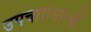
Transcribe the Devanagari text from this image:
उपचारांसारखी